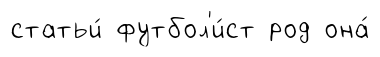
статьи́ футбол'и́ст род она́